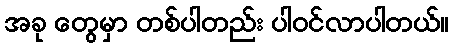
အခု တွေမှာ တစ်ပါတည်း ပါဝင်လာပါတယ်။